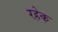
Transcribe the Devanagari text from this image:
रहेक